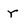
Character: r